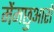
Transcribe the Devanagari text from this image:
मेंमछुआरों